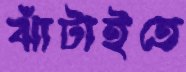
ঝাঁটাইতে